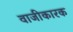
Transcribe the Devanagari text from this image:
वाजीकारक